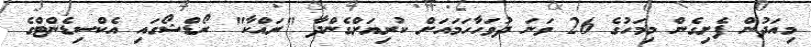
މިއަދުން ފެށިގެން މިމަހުގެ 26 ވަނަ ދުވަހާހަމައަށް ކުރިޔަށްގެންދާ "ރައްކާ" ރޯޑްޝޯގައި އެކްސިޑެންޓްގެ